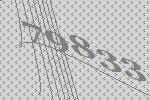
79833